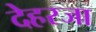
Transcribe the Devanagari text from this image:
देहरजा